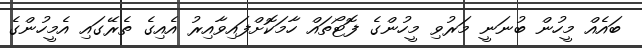
ބައެއް މީހުން ބުނަނީ މަރުވި މީހުންގެ ފޮޓޯތައް ހާމަކޮށްފައިވާއިރު އެއިގެ ތެރޭގައި އެމީހުންގެ